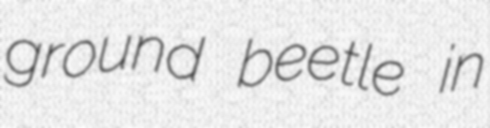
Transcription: ground beetle in